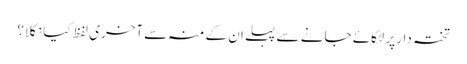
تختہ دار پر لٹکائے جانے سے پہلے ان کے منہ سے آخری لفظ کیا نکلا؟